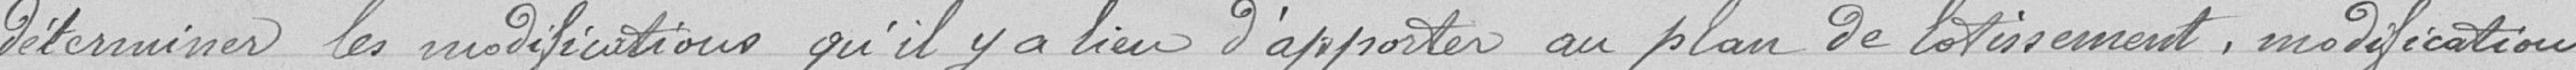
déterminer les modifications qu'il y a lieu d'apporter au plan de lotissement, modifications